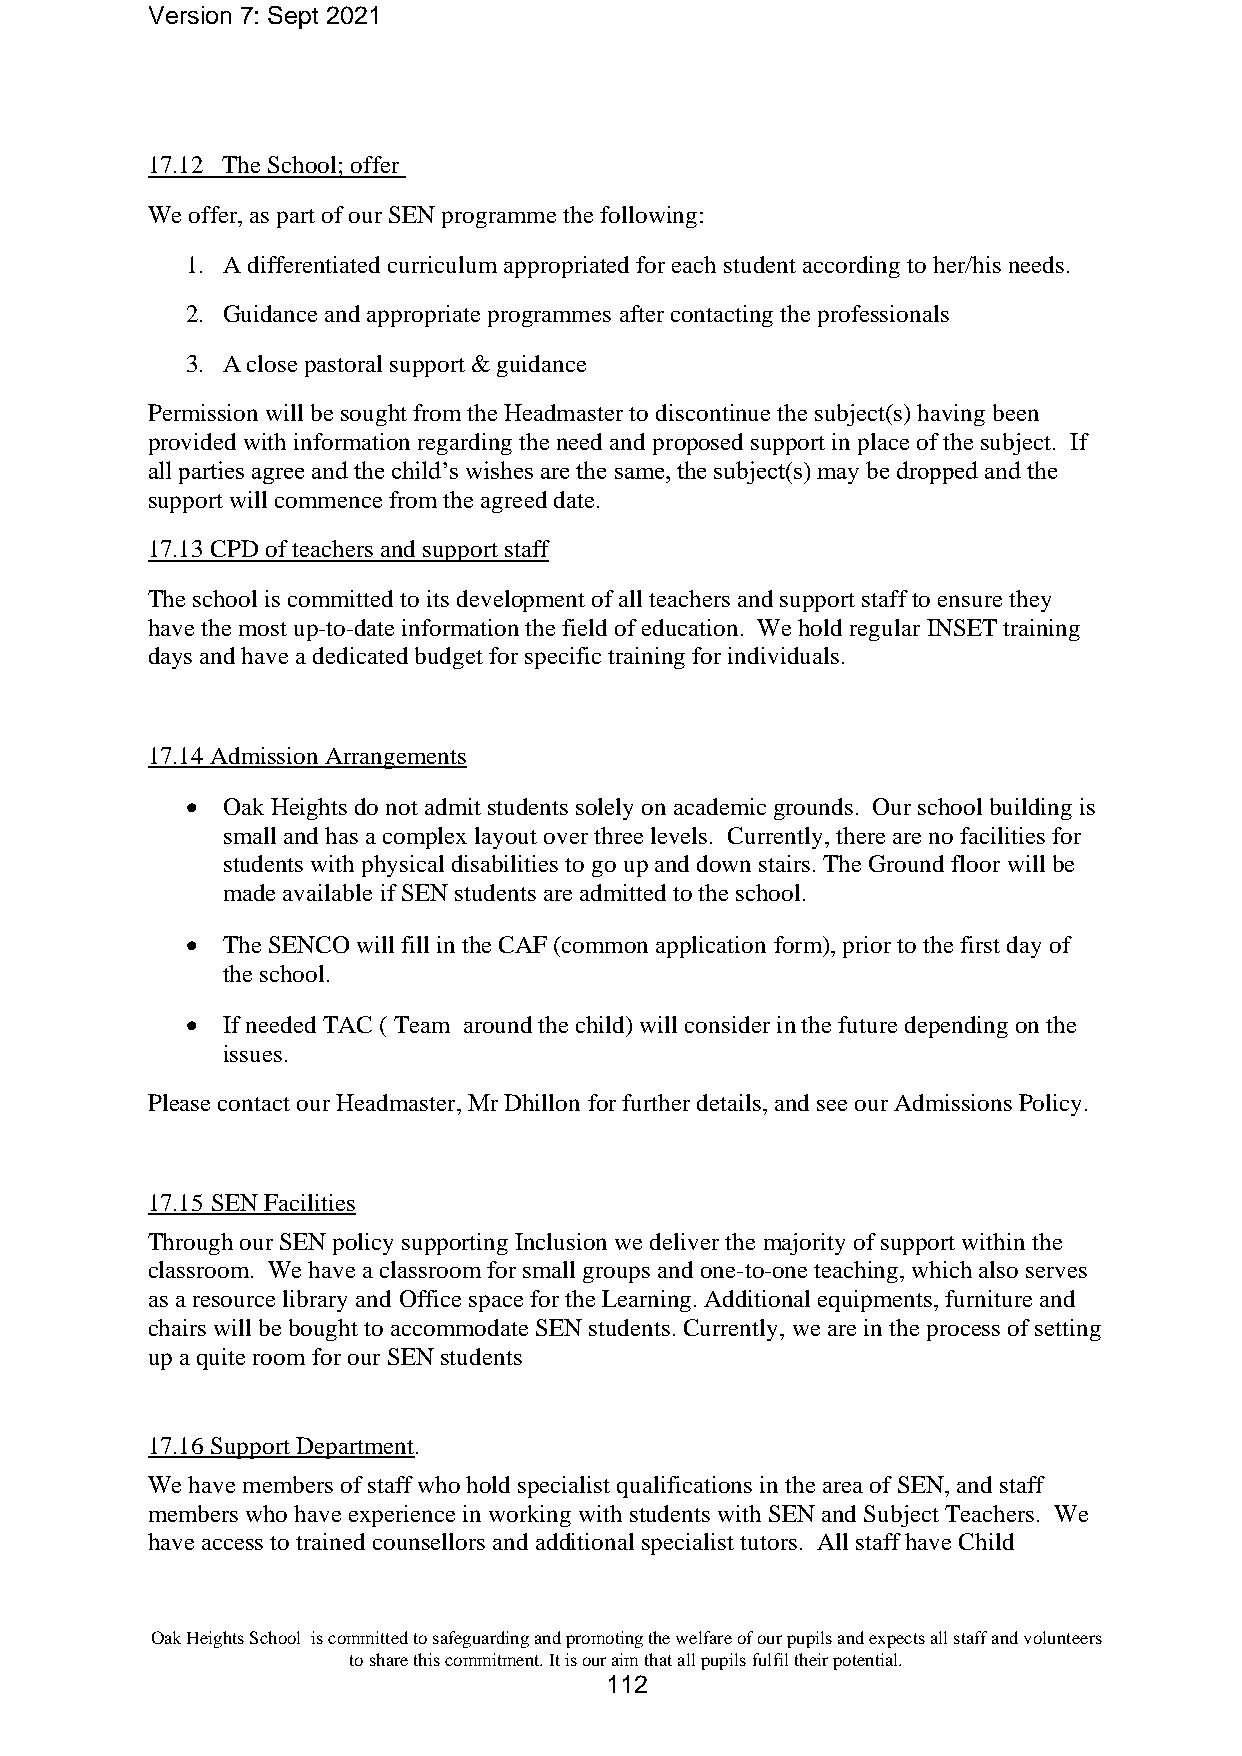
Version 7: Sept 2021
 17.12 The School; offer
 We offer, as part of our SEN programme the following:
 1. A differentiated curriculum appropriated for each student according to her/his needs.
 2. Guidance and appropriate programmes after contacting the professionals
 3. A close pastoral support & guidance
 Permission will be sought from the Headmaster to discontinue the subject(s) having been
 provided with information regarding the need and proposed support in place of the subject. If
 all parties agree and the child’s wishes are the same, the subject(s) may be dropped and the
 support will commence from the agreed date.
 17.13 CPD of teachers and support staff
 The school is committed to its development of all teachers and support staff to ensure they
 have the most up-to-date information the field of education. We hold regular INSET training
 days and have a dedicated budget for specific training for individuals.
 17.14 Admission Arrangements
 •  Oak Heights do not admit students solely on academic grounds. Our school building is
 small and has a complex layout over three levels. Currently, there are no facilities for
 students with physical disabilities to go up and down stairs. The Ground floor will be
 made available if SEN students are admitted to the school.
 •  The SENCO will fill in the CAF (common application form), prior to the first day of
 the school.
 •  If needed TAC ( Team around the child) will consider in the future depending on the
 issues.
 Please contact our Headmaster, Mr Dhillon for further details, and see our Admissions Policy.
 17.15 SEN Facilities
 Through our SEN policy supporting Inclusion we deliver the majority of support within the
 classroom. We have a classroom for small groups and one-to-one teaching, which also serves
 as a resource library and Office space for the Learning. Additional equipments, furniture and
 chairs will be bought to accommodate SEN students. Currently, we are in the process of setting
 up a quite room for our SEN students
 17.16 Support Department.
 We have members of staff who hold specialist qualifications in the area of SEN, and staff
 members who have experience in working with students with SEN and Subject Teachers. We
 have access to trained counsellors and additional specialist tutors. All staff have Child
 Oak Heights School is committed to safeguarding and promoting the welfare of our pupils and expects all staff and volunteers
 to share this commitment. It is our aim that all pupils fulfil their potential.
 112